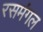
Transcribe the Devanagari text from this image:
रसमंगल